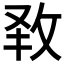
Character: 𭣧